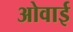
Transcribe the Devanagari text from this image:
ओवाई